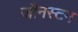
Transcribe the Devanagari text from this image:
जौनस्टन